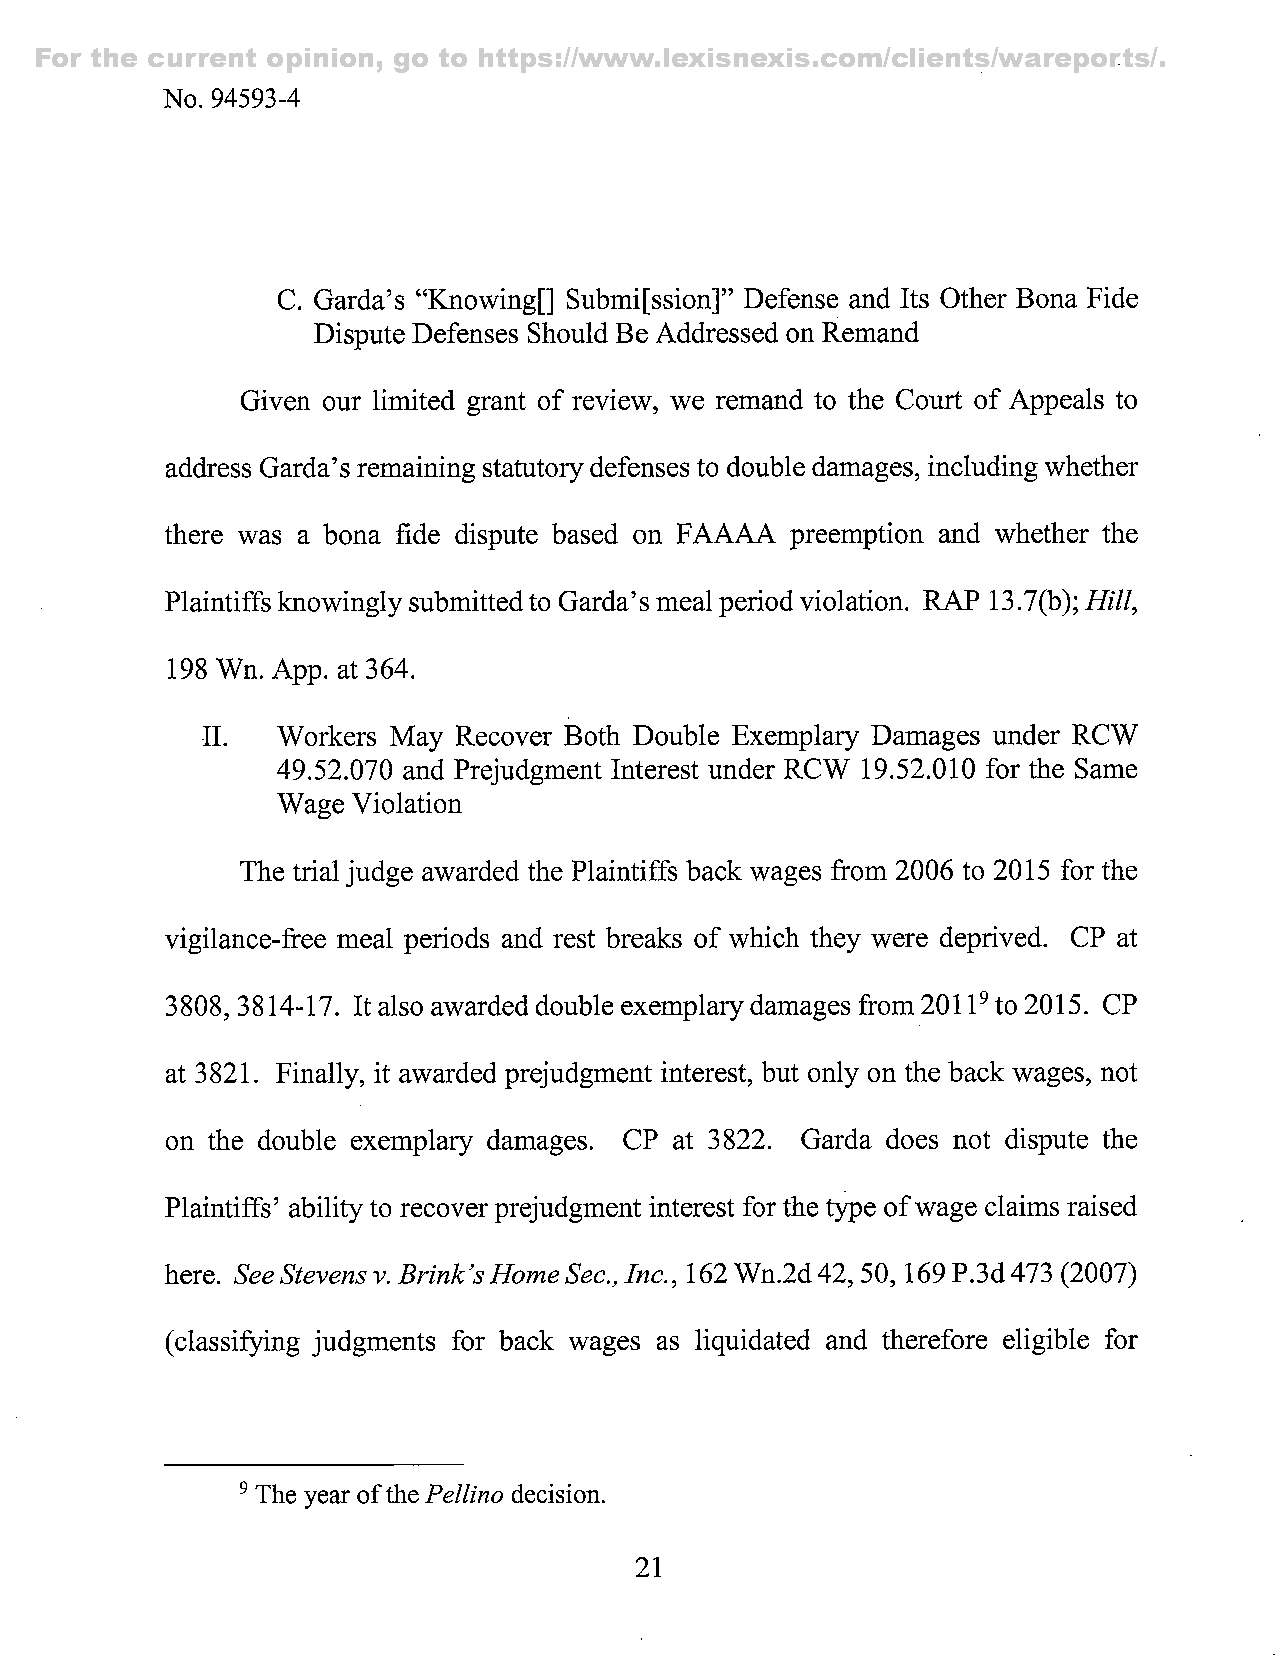
For the current opinion, go to https://www.lexisnexis.com/clients/wareports/.
 No. 94593-4
 C. Garda's "Knowing[] Submi[ssion]" Defense and Its Other Bona Fide
 Dispute Defenses Should Be Addressed on Remand
 Given our limited grant of review, we remand to the Court of Appeals to
 address Garda's remaining statutory defenses to double damages, ineluding whether
 there was a bona fide dispute based on FAAAA preemption and whether the
 Plaintiffs knowingly submitted to Garda's meal period violation. RAP 13.7(b); Hill,
 198 Wn. App. at 364.
 11.  Workers May Recover Both Double Exemplary Damages under RCW
 49.52.070 and Prejudgment Interest under RCW 19.52.010 for the Same
 Wage Violation
 The trial judge awarded the Plaintiffs back wages from 2006 to 2015 for the
 vigilance-ffee meal periods and rest breaks of which they were deprived. CP at
 3808, 3814-17. It also awarded double exemplary damages from 2011^ to 2015. CP
 at 3821. Finally, it awarded prejudgment interest, but only on the back wages, not
 on the double exemplary damages. CP at 3822. Garda does not dispute the
 Plaintiffs' ability to recover prejudgment interest for the type of wage claims raised
 here. See Stevens v. Brink's Home Sec., Inc., 162 Wn.2d 42,50,169 P.3d 473( 2007)
 (classifying judgments for back wages as liquidated and therefore eligible for
 The year of the Pellino decision.
 21